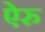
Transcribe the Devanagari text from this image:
ऐरु